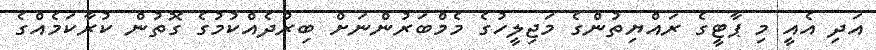
އަދި އެއީ މި ޕާޓީގެ ރައްޔިތުންގެ މަޖިލީހުގެ މެމްބަރުންނަށް ބިރުދެއްކުމުގެ ގޮތުން ކުރާކަމެއްގެ